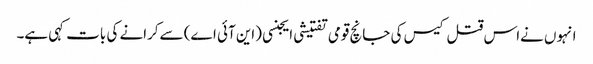
انہوں نےاس قتل کیس کی جانچ قومی تفتیشی ایجنسی (این آئی اے) سےکرانے کی بات کہی ہے۔